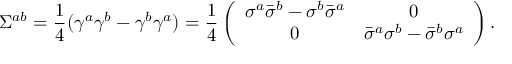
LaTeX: \Sigma ^ { a b } = \frac { 1 } { 4 } ( \gamma ^ { a } \gamma ^ { b } - \gamma ^ { b } \gamma ^ { a } ) = \frac { 1 } { 4 } \left( \begin{array} { c c } { { \sigma ^ { a } \bar { \sigma } ^ { b } - \sigma ^ { b } \bar { \sigma } ^ { a } } } & { { 0 } } \\ { { 0 } } & { { \bar { \sigma } ^ { a } \sigma ^ { b } - \bar { \sigma } ^ { b } \sigma ^ { a } } } \end{array} \right) .